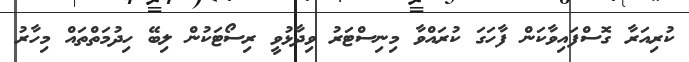
ކުރިއަރާ ގޮސްފައިވާކަން ފާހަގަ ކުރައްވާ މިނިސްޓަރު ވިދާޅުވީ ރިސޯޓަކުން ލިބޭ ހިދުމަތްތައް މިހާރު